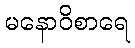
မနောဝိစာရေ